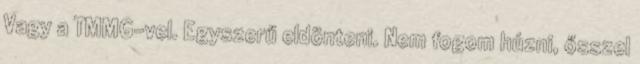
Vagy a TMMG-vel. Egyszerű eldönteni. Nem fogom húzni, ősszel